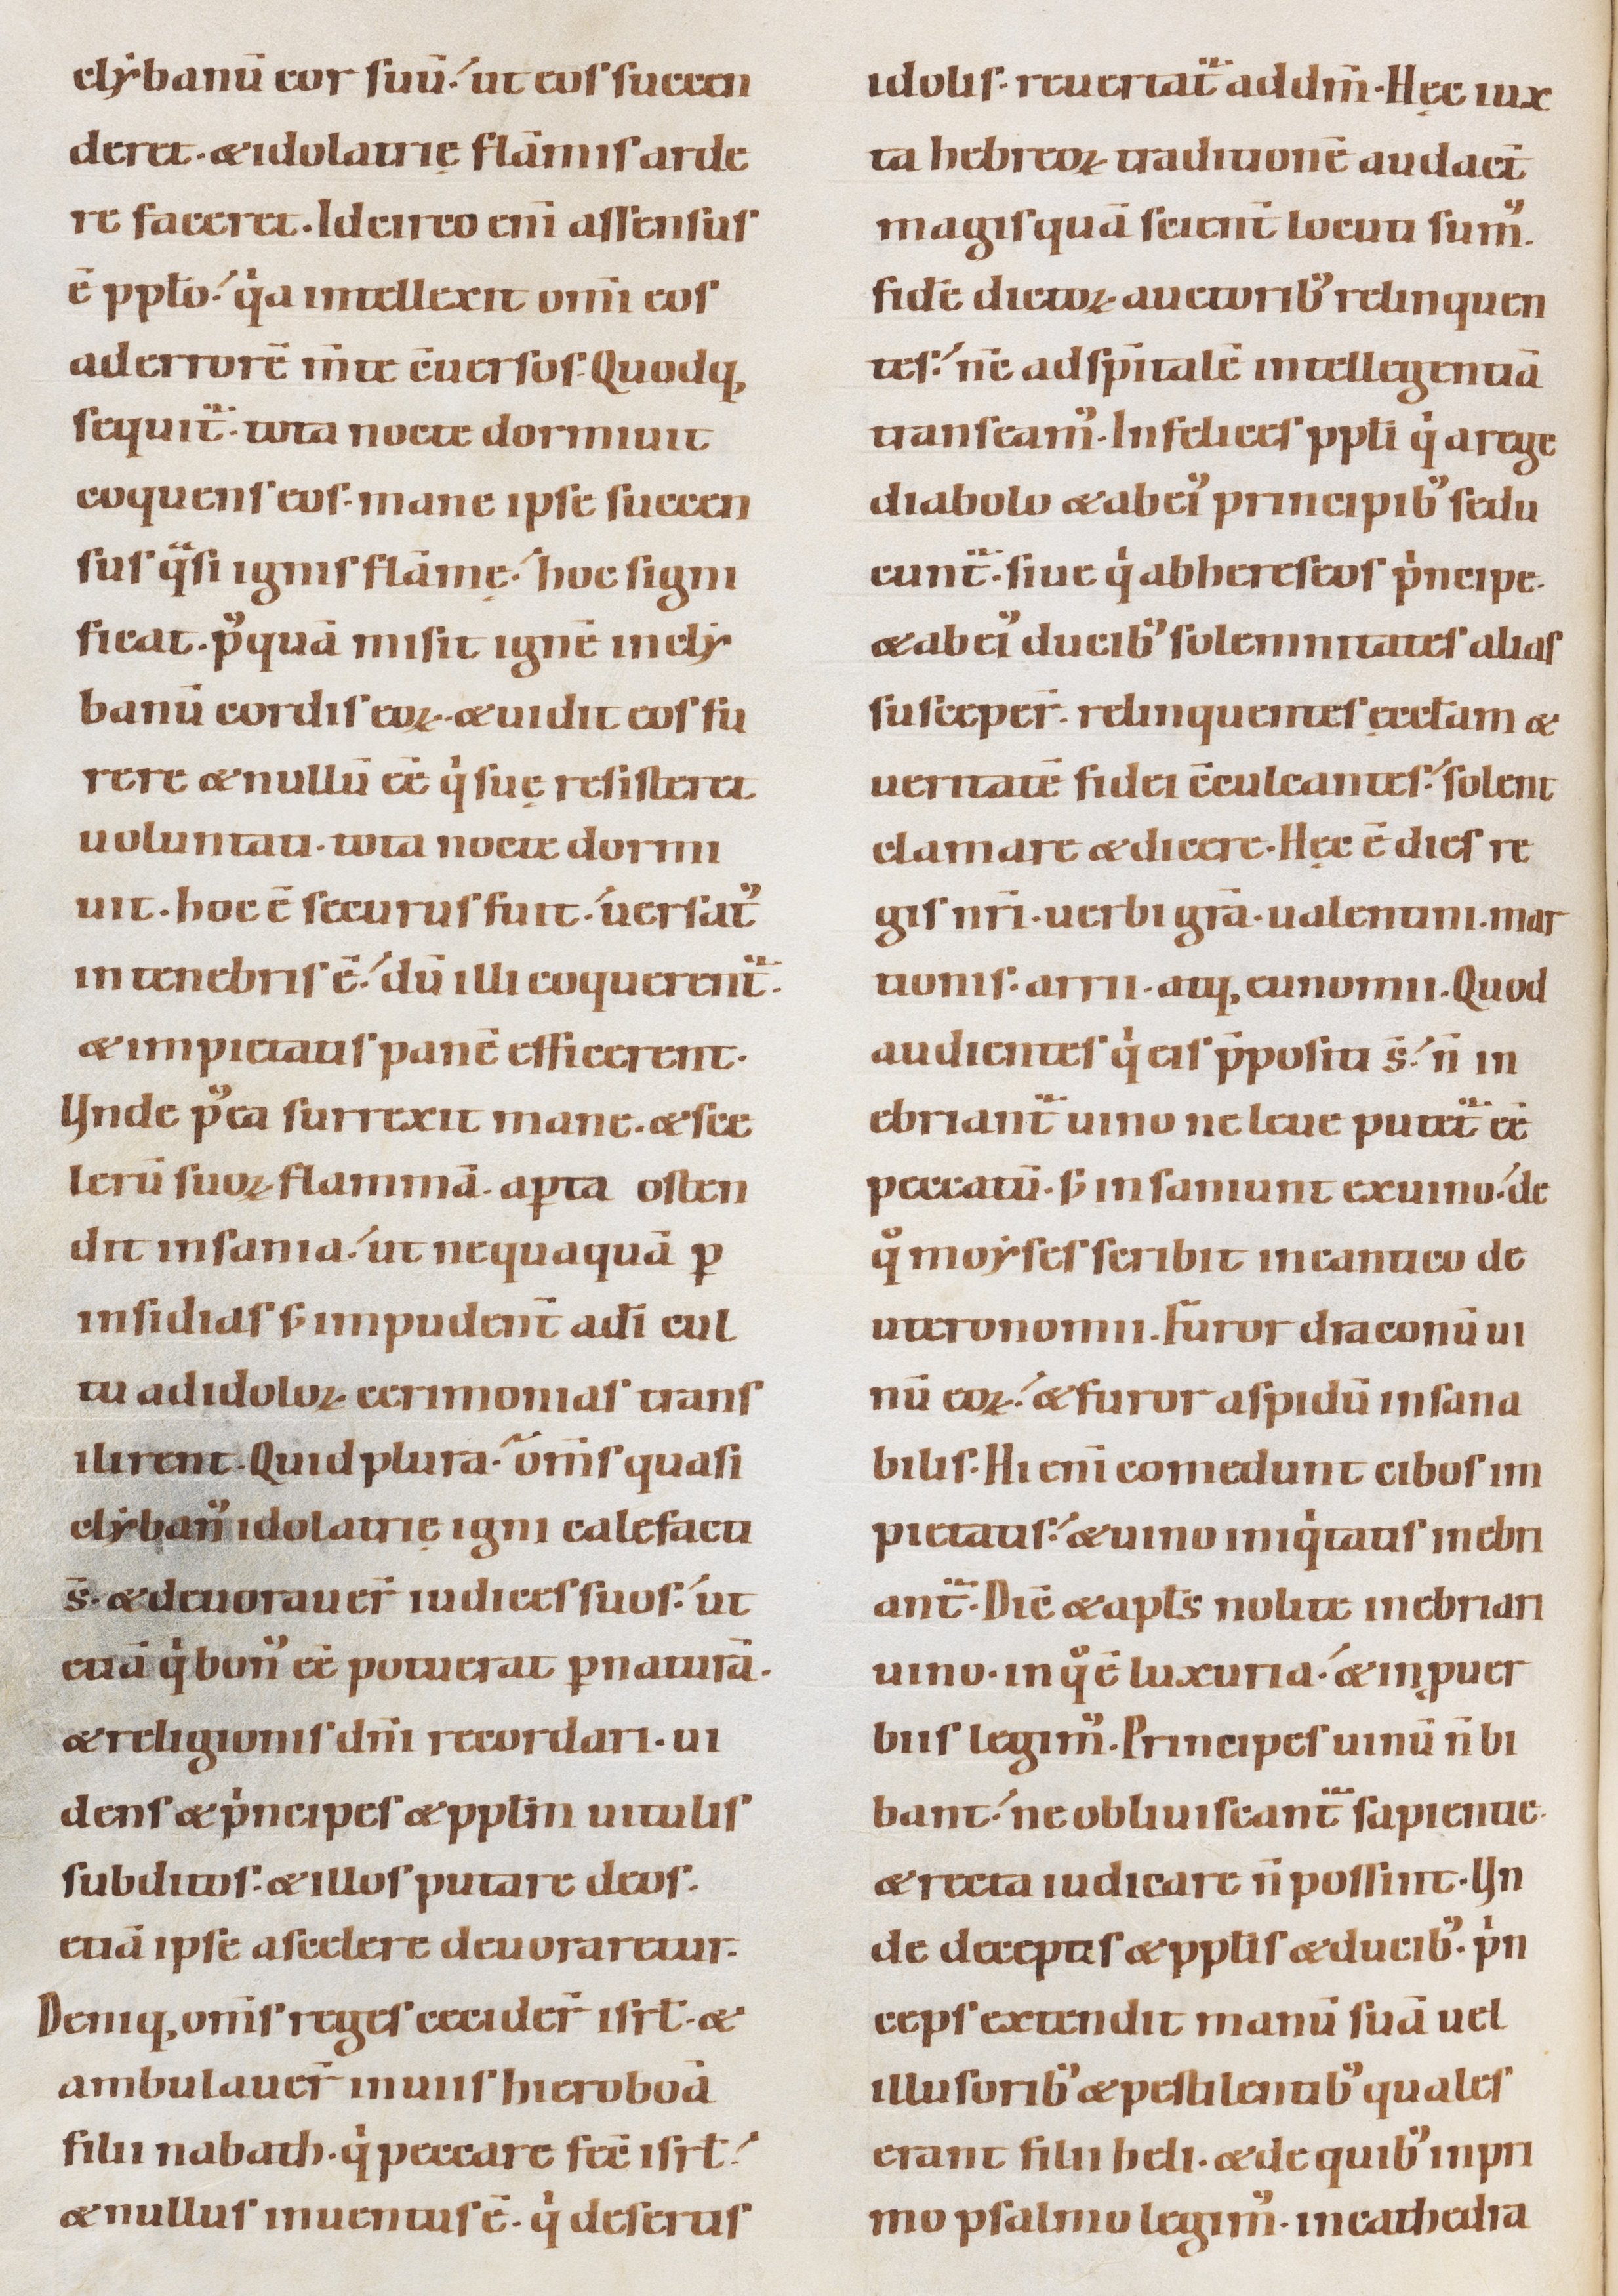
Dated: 1100–1130